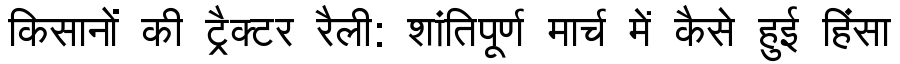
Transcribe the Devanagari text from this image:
किसानों की ट्रैक्टर रैली: शांतिपूर्ण मार्च में कैसे हुई हिंसा